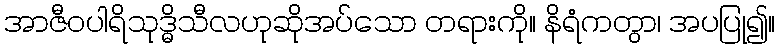
အာဇီဝပါရိသုဒ္ဓိသီလဟုဆိုအပ်သော တရားကို။ နိရံကတွာ၊ အပပြု၍။